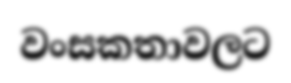
වංසකතාවලට